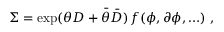
\Sigma = \exp ( \theta D + \bar { \theta } \bar { D } ) \, f ( \phi , \partial \phi , \ldots ) \ ,